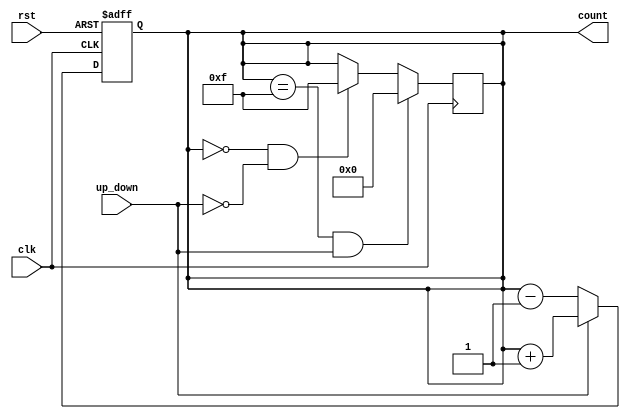
module UpDownCounter (
    input wire clk,          // Clock input
    input wire rst,          // Asynchronous reset
    input wire up_down,      // Up/Down control signal
    output reg [3:0] count   // 4-bit count output
);

    // Counter logic
    always @(posedge clk or posedge rst) begin
        if (rst) begin
            count <= 4'b0000; // Reset the counter to 0
        end else begin
            if (up_down) begin
                // Count up
                count <= count + 1;
            end else begin
                // Count down
                count <= count - 1;
            end
        end
    end

    // Handle overflow and underflow
    always @(posedge clk) begin
        if (count == 4'b1111 && up_down) begin
            count <= 4'b0000; // Wrap around on overflow
        end else if (count == 4'b0000 && !up_down) begin
            count <= 4'b1111; // Wrap around on underflow
        end
    end

endmodule